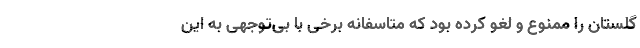
گلستان را ممنوع و لغو کرده بود که متاسفانه برخی با بی‌توجهی به این